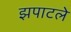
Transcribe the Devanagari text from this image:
झपाटले